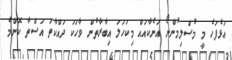
ޢަޅެފަހެ މީ މުސްލިމުންނޯ އަނެކާއައް މިކަހަލަ އިބާރާތުން ވާހަކަ ދައްކާތަ އަސްތާ ކޮންމެ